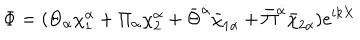
\Phi = ( \Theta _ { \alpha } \chi _ { 1 } ^ { \alpha } + \Pi _ { \alpha } \chi _ { 2 } ^ { \alpha } + \bar { \Theta } ^ { \dot { \alpha } } \bar { \chi } _ { 1 \dot { \alpha } } + \bar { \Pi } ^ { \dot { \alpha } } \bar { \chi } _ { 2 \dot { \alpha } } ) e ^ { i k X }